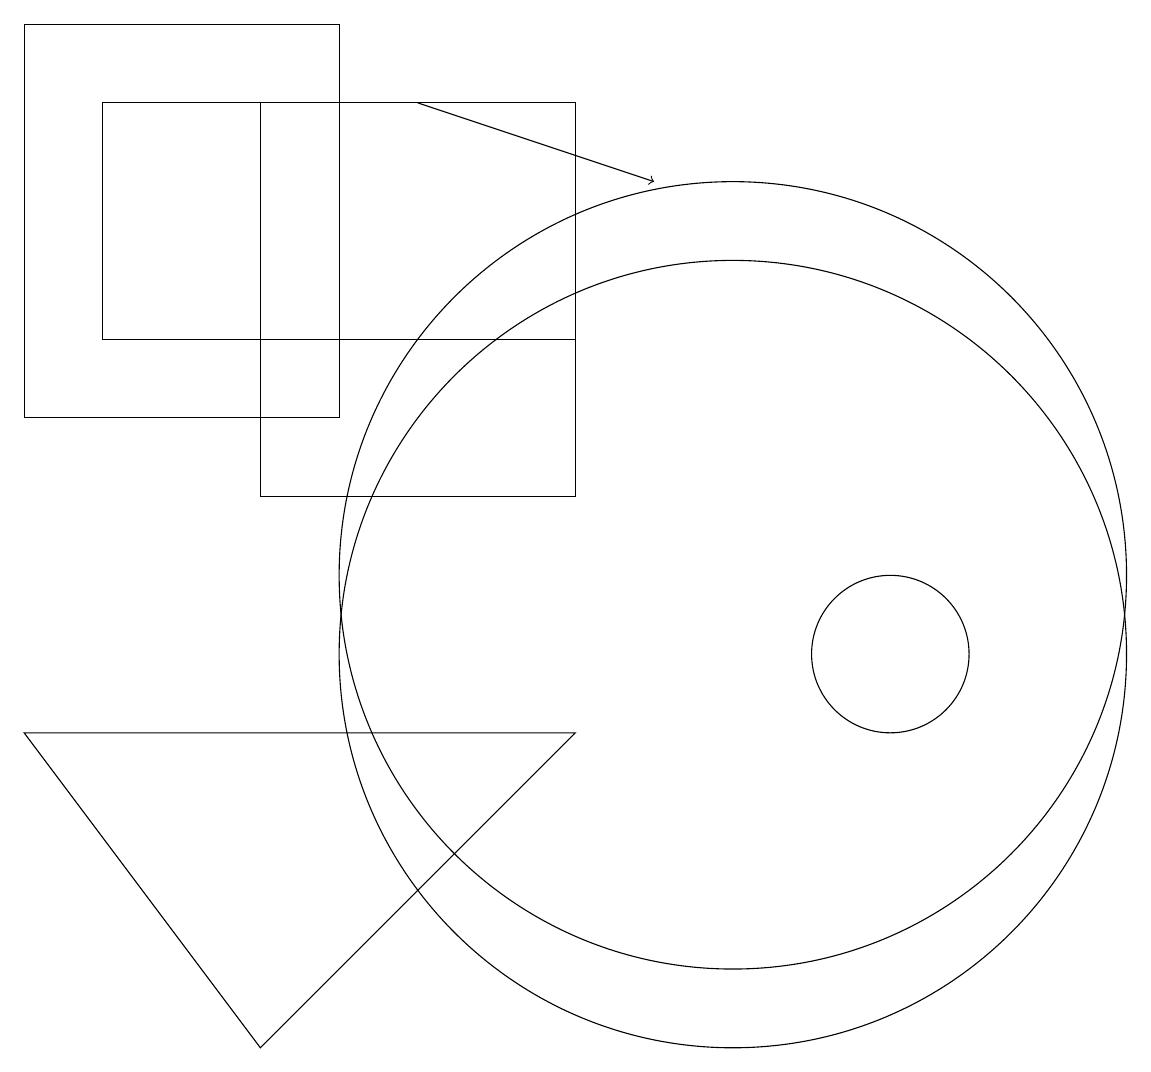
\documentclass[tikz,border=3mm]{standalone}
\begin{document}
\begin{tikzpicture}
\draw (8,17) rectangle (2,14);
\draw (12,10) circle (1);
\draw (5,13) rectangle (1,18);
\draw (4,5) -- (8,9) -- (1,9) -- cycle;
\draw (4,12) rectangle (8,17);
\draw (10,11) circle (5);
\draw (10,10) circle (5);
\draw[->] (6,17) -- (9,16);
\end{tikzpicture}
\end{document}